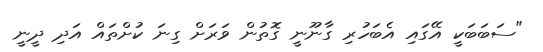
"ސަބަބަކީ އޭގައި އެބަހުރި ގާނޫނީ ގޮތުން ވަރަށް ގިނަ ކުށްތައް އަދި ދީނީ